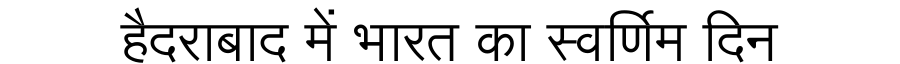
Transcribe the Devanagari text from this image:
हैदराबाद में भारत का स्वर्णिम दिन